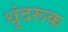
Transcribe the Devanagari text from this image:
धुंदरूक